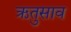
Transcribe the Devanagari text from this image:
ऋतुसाव